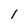
Character: I